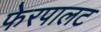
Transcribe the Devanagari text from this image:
फेरपालट